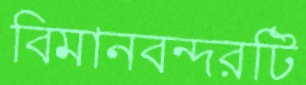
বিমানবন্দরটি